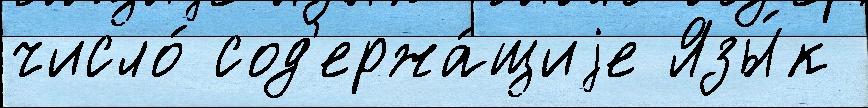
число́ сод'ержа́щиjе Язы́к